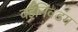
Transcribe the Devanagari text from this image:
वईनिवडंग